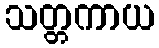
သတ္တကာယ